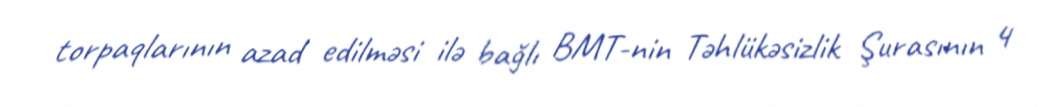
torpaqlarının azad edilməsi ilə bağlı BMT-nin Təhlükəsizlik Şurasının 4